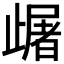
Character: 𣦠